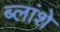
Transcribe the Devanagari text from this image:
ब्लांशे